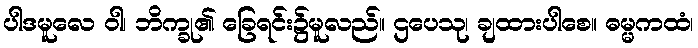
ပါဒမူလေ ဝါ၊ ဘိက္ခု၏ ခြေရင်း၌မူလည်။ ဌပေသု၊ ချထားပါစေ။ ဓမ္မကထံ၊